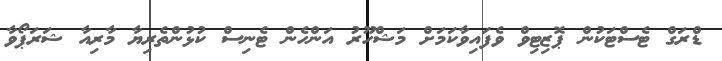
ޑްރަގް ޓެސްޓަކުން ޕޮޒިޓިވް ވެފައިވާކަމަށް މަޝްހޫރު އަންހެން ޓެނިސް ކުޅުންތެރިޔާ މާރިއާ ޝަރަޕޯވާ